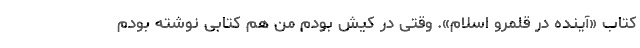
کتاب «آینده در قلمرو اسلام». وقتی در کیش بودم من هم کتابی نوشته بودم